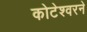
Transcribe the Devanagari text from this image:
कोटेश्वरने